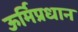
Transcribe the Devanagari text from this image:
ऊर्मिप्रधान